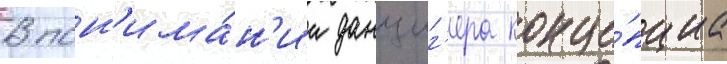
В пон'има́н'ии данциг'ера конце́пциа